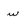
Character: w